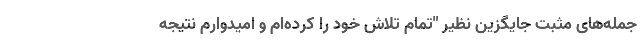
جمله‌های مثبت جایگزین نظیر "تمام تلاش خود را کرده‌ام و امیدوارم نتیجه